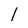
Character: l